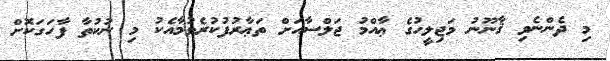
މި ދެންނެވި ޤާނޫނު މަޖިލީހުގެ ޢާއްމު ޖަލްސާއަށް ތަޢާރުފުކުރެވުމާއެކު މި ނުކުތާ ފާހަގަކޮށް